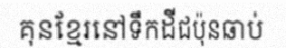
គុនខ្មែរនៅទឹកដីជប៉ុនឆាប់